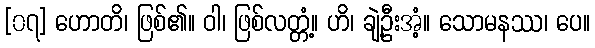
[၀၇] ဟောတိ၊ ဖြစ်၏။ ဝါ၊ ဖြစ်လတ္တံ့။ ဟိ၊ ချဲ့ဦးအံ့။ သောမနဿ၊ ပေ။